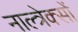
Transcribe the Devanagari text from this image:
नाल्त्रेक्सों